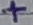
Text: +